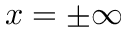
x = \pm \infty